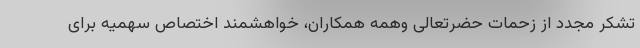
تشکر مجدد از زحمات حضرتعالی وهمه همکاران، خواهشمند اختصاص سهمیه برای